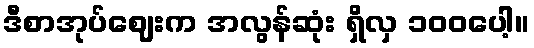
ဒီစာအုပ်ဈေးက အလွန်ဆုံး ရှိလှ ၁၀၀ပေါ့။